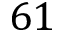
6 1